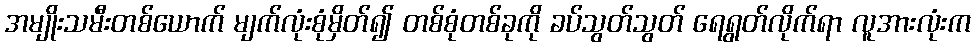
အမျိုးသမီးတစ်ယောက် မျက်လုံးစုံမှိတ်၍ တစ်စုံတစ်ခုကို ခပ်သွတ်သွတ် ရေရွတ်လိုက်ရာ လူအားလုံးက